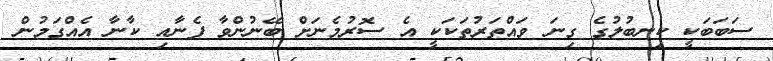
ސަބަބަކީ ކިނބުލުގެ ގިނަ ވައްތަރުތަކަކީ އެ ސޮރުމެނަށް ބޭނުންވާ ފެނާއި ކާނާ އެއްގަމުން